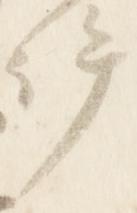
許